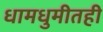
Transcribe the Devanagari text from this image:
धामधुमीतही